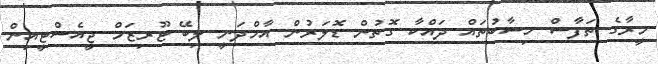
މީރާގެ ތަފާސް ހިސާބުތައް ދައްކާ ގޮތުން ޑޮލަރުން އާމްދަނީ ލިބޭ ޓޫރިޒަމް ޖީއެސްޓީއިން